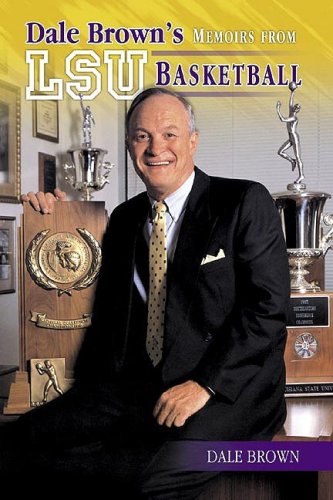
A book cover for Dale Brown's Memoirs from LSU Basketball; Dale Brown; Sports & Outdoors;